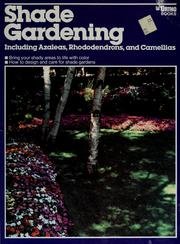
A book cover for Shade Gardening - Including Azaleas, Rhododendrons, And Camellias; Created & designed by the editorial staff of Ortho Books; Crafts, Hobbies & Home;